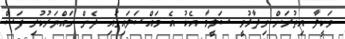
ވަކީލާ އިތުރަށް ވިދާޅުވީ ސަލީމާ އެކު އެ މައްސަލައިގައި ދެން ހައްޔަރުކުރި ފަސް